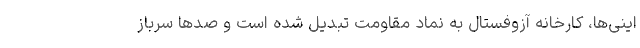
اینی‌ها، کارخانه آزوفستال به نماد مقاومت تبدیل شده است و صدها سرباز